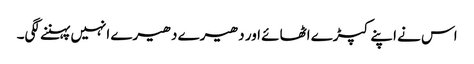
اس نے اپنے کپڑے اٹھائے اور دھیرے دھیرے انہیں پہننے لگی۔